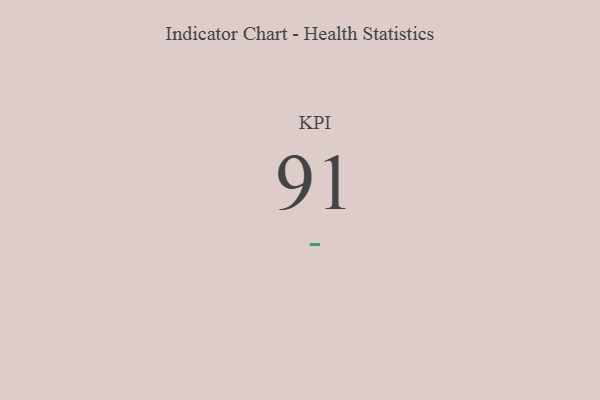
{"axis": {"x": "KPI", "y": "Value"}, "legend": [""], "data": [{"x": "KPI", "y": 91, "type": ""}]}